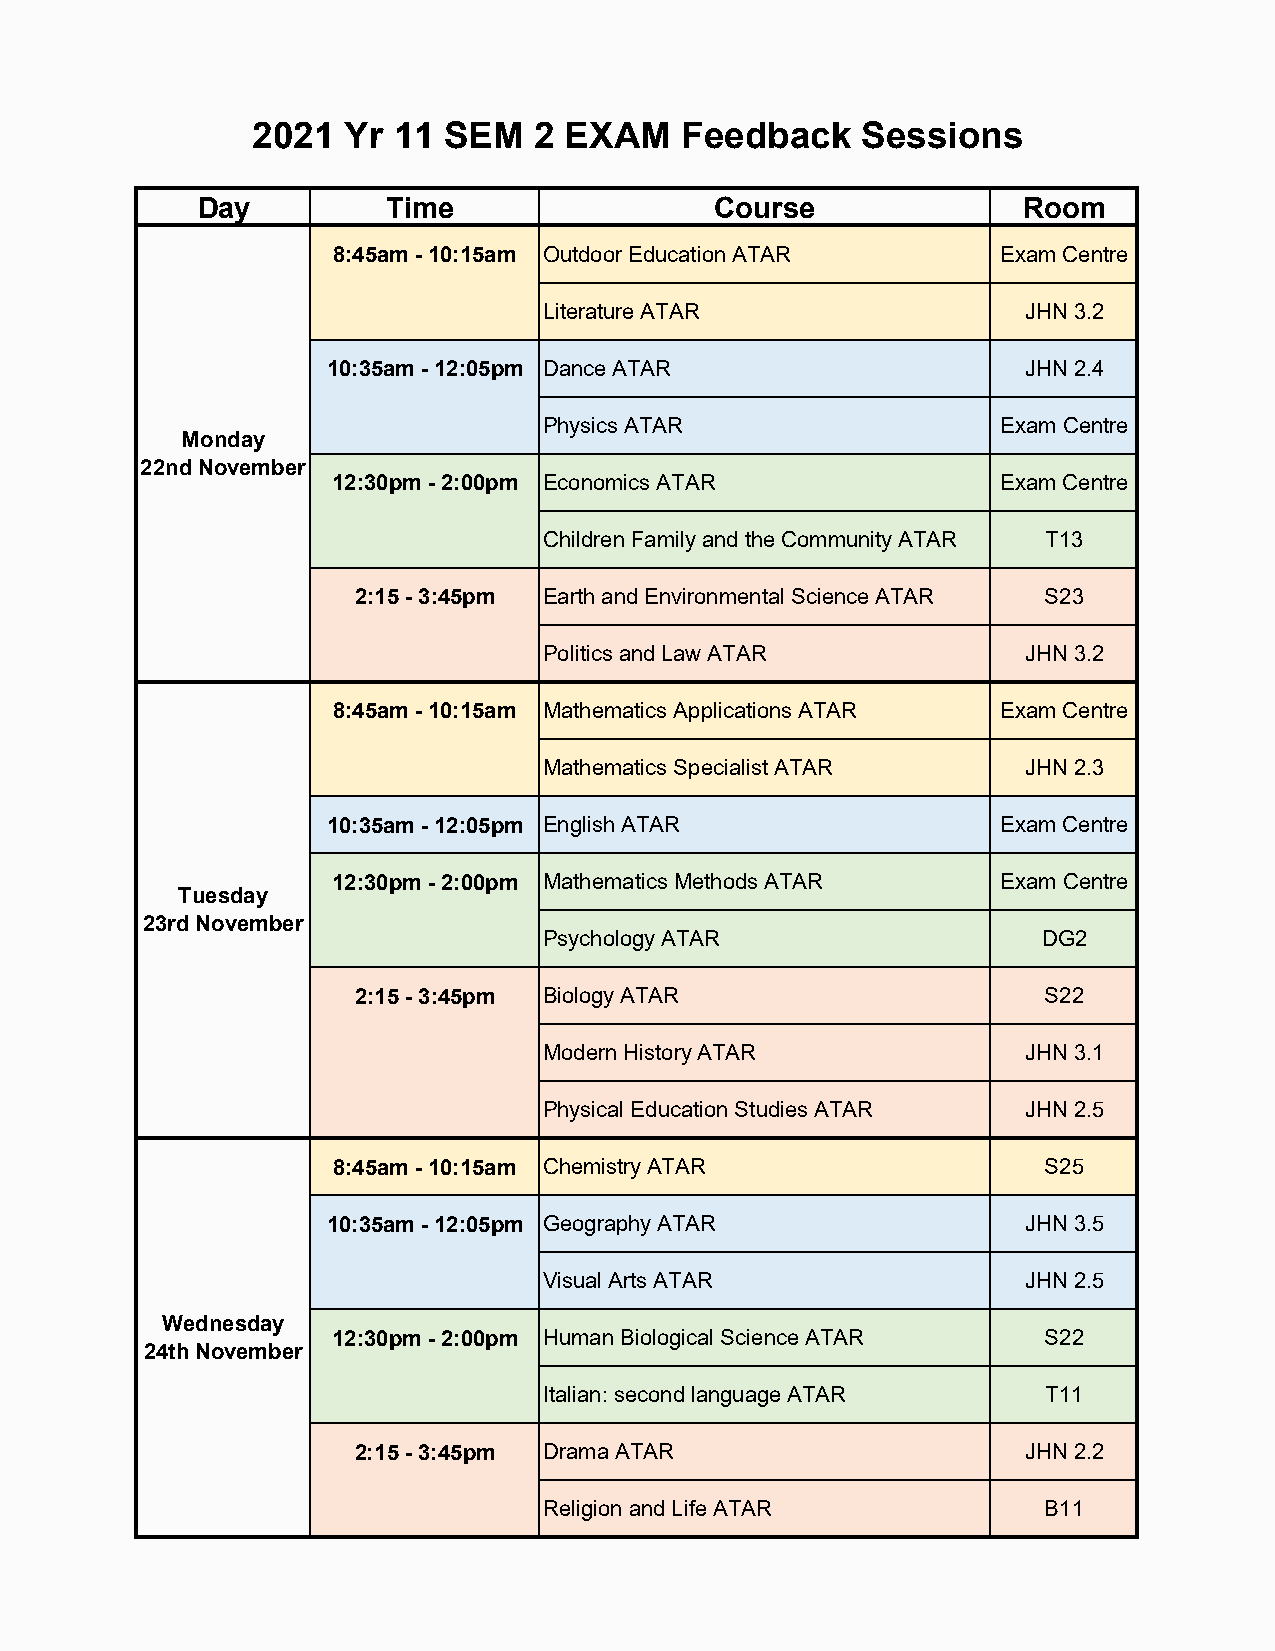
2021  Yr 11 SEM   2 EXAM    Feedback    Sessions
 Day          Time                 Course               Room
 8:45am - 10:15am Outdoor Education ATAR     Exam Centre
 Literature ATAR                 JHN 3.2
 10:35am - 12:05pm Dance ATAR                  JHN 2.4
 Physics ATAR                  Exam Centre
 Monday
 22nd November
 12:30pm - 2:00pm Economics ATAR             Exam Centre
 Children Family and the Community ATAR T13
 2:15 - 3:45pm Earth and Environmental Science ATAR S23
 Politics and Law ATAR           JHN 3.2
 8:45am - 10:15am Mathematics Applications ATAR Exam Centre
 Mathematics Specialist ATAR     JHN 2.3
 10:35am - 12:05pm English ATAR              Exam Centre
 12:30pm - 2:00pm Mathematics Methods ATAR   Exam Centre
 Tuesday
 23rd November
 Psychology ATAR                  DG2
 2:15 - 3:45pm Biology ATAR                    S22
 Modern History ATAR             JHN 3.1
 Physical Education Studies ATAR JHN 2.5
 8:45am - 10:15am Chemistry ATAR                S25
 10:35am - 12:05pm Geography ATAR              JHN 3.5
 Visual Arts ATAR                JHN 2.5
 Wednesday
 12:30pm - 2:00pm Human Biological Science ATAR S22
 24th November
 Italian: second language ATAR    T11
 2:15 - 3:45pm Drama ATAR                     JHN 2.2
 Religion and Life ATAR           B11